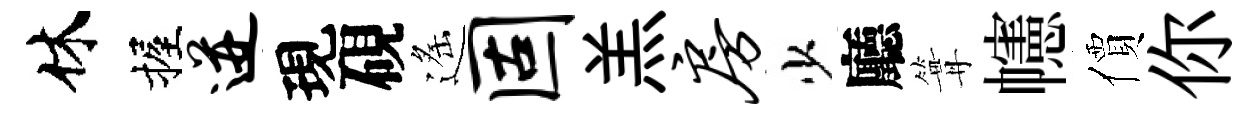
休握迸現硯遙固羔房少廳篝幰價你